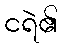
ငရဲ၏